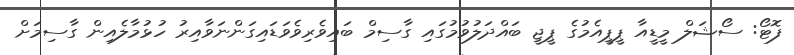
ފޮޓޯ: ސޯޝަލް މީޑީއާ ޕީޕީއެމުގެ ޕީޖީ ބައްދަލުވުމުގައި ގާސިމް ބައިވެރިވެވަޑައިގަންނަވާއިރު ހުޅުމާލެއިން ގާސިމަށް